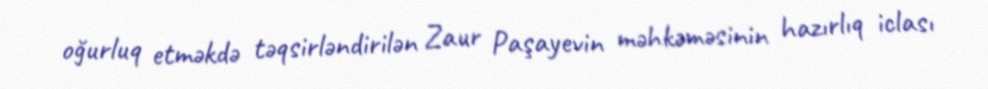
oğurluq etməkdə təqsirləndirilən Zaur Paşayevin məhkəməsinin hazırlıq iclası